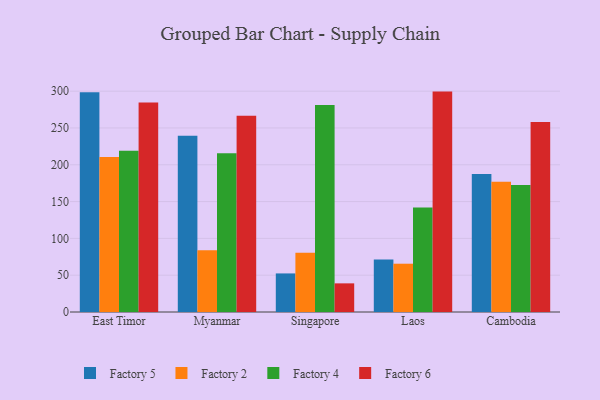
{"axis": {"x": "Country", "y": "Market Share (%)"}, "legend": ["Factory 2", "Factory 4", "Factory 5", "Factory 6"], "data": [{"x": "East Timor", "y": 298.4, "type": "Factory 5"}, {"x": "East Timor", "y": 210.5, "type": "Factory 2"}, {"x": "East Timor", "y": 219.2, "type": "Factory 4"}, {"x": "East Timor", "y": 284.6, "type": "Factory 6"}, {"x": "Myanmar", "y": 239.5, "type": "Factory 5"}, {"x": "Myanmar", "y": 84.0, "type": "Factory 2"}, {"x": "Myanmar", "y": 215.8, "type": "Factory 4"}, {"x": "Myanmar", "y": 266.5, "type": "Factory 6"}, {"x": "Singapore", "y": 52.4, "type": "Factory 5"}, {"x": "Singapore", "y": 80.6, "type": "Factory 2"}, {"x": "Singapore", "y": 281.1, "type": "Factory 4"}, {"x": "Singapore", "y": 38.9, "type": "Factory 6"}, {"x": "Laos", "y": 71.4, "type": "Factory 5"}, {"x": "Laos", "y": 65.6, "type": "Factory 2"}, {"x": "Laos", "y": 141.9, "type": "Factory 4"}, {"x": "Laos", "y": 299.4, "type": "Factory 6"}, {"x": "Cambodia", "y": 187.4, "type": "Factory 5"}, {"x": "Cambodia", "y": 176.8, "type": "Factory 2"}, {"x": "Cambodia", "y": 172.6, "type": "Factory 4"}, {"x": "Cambodia", "y": 258.1, "type": "Factory 6"}]}